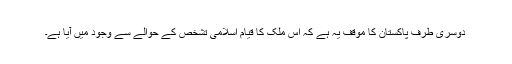
دوسری طرف پاکستان کا موقف یہ ہے کہ اس ملک کا قیام اسلامی تشخص کے حوالے سے وجود میں آیا ہے۔